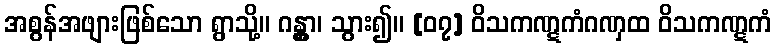
အစွန်အဖျားဖြစ်သော ရွာသို့။ ဂန္တွာ၊ သွား၍။ [၀၇] ဝိသကဏ္ဋကံဂဏှထ ဝိသကဏ္ဋကံ